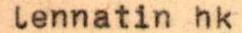
lennatin hk